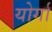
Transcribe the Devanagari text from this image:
योर्गा